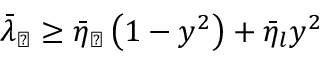
\bar { \lambda } _ { \perp } \ge \bar { \eta } _ { \perp } \left( 1 - y ^ { 2 } \right) + \bar { \eta } _ { l } y ^ { 2 }